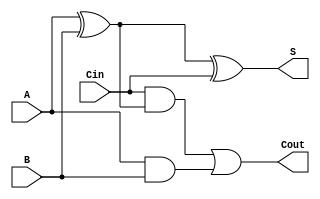
`timescale 1ns / 1ps

module ripple_adder

// Input and output ports
(A,
B,
Cin,
S,
Cout);

// Define external wires
input wire [0:0]A;
input wire [0:0]B;
input wire [0:0]Cin;
output wire [0:0]S;
output wire [0:0]Cout;

// Define internal wires 
wire [0:0]AxorB;
wire [0:0]AxorBandCin;
wire [0:0]AandB;

// Logic gates
assign AxorB = A ^ B;
assign AandB = A & B;

assign AxorBandCin = Cin & AxorB;
assign Cout = AxorBandCin | AandB;

assign S = AxorB ^ Cin;

endmodule